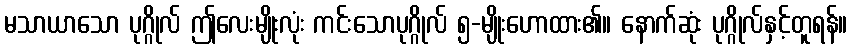
မသာယာသော ပုဂ္ဂိုလ် ဤလေးမျိုးလုံး ကင်းသောပုဂ္ဂိုလ် ၅-မျိုးဟောထား၏။ နောက်ဆုံး ပုဂ္ဂိုလ်နှင့်တူရန်။